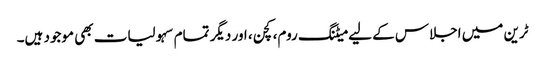
ٹرین میں اجلاس کے لیے میٹنگ روم، کچن، اور دیگر تمام سہولیات بھی موجود ہیں۔